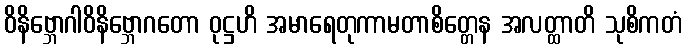
ဝိနိဗ္ဘောဂါဝိနိဗ္ဘောဂတော ဝုဋ္ဌဟိ အမာရေတုကာမတာစိတ္တေန အလတ္ထာတိ သုစိကတံ